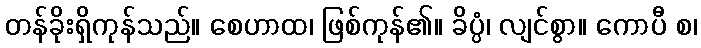
တန်ခိုးရှိကုန်သည်။ စေဟာထ၊ ဖြစ်ကုန်၏။ ခိပ္ပံ၊ လျင်စွာ။ ကောပီ စ၊